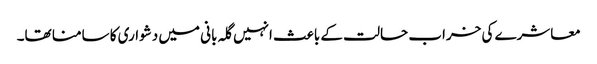
معاشرے کی خراب حالت کے باعث انہیں گلہ بانی میں دشواری کا سامنا تھا۔